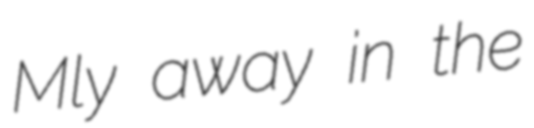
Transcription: Mly away in the